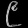
Digit: ၉